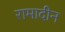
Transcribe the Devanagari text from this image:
रामादीन